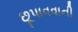
છૂપાવવાની